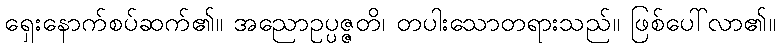
ရှေးနောက်စပ်ဆက်၏။ အညောဥပ္ပဇ္ဇတိ၊ တပါးသောတရားသည်။ ဖြစ်ပေါ်လာ၏။